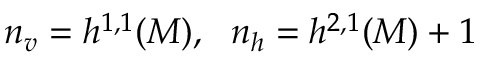
n _ { v } = h ^ { 1 , 1 } ( M ) , ~ ~ n _ { h } = h ^ { 2 , 1 } ( M ) + 1